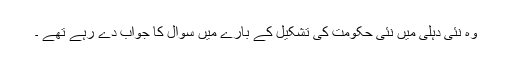
وہ نئی دہلی میں نئی حکومت کی تشکیل کے بارے میں سوال کا جواب دے رہے تھے ۔